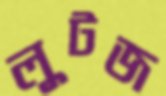
লুটজ